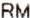
RM